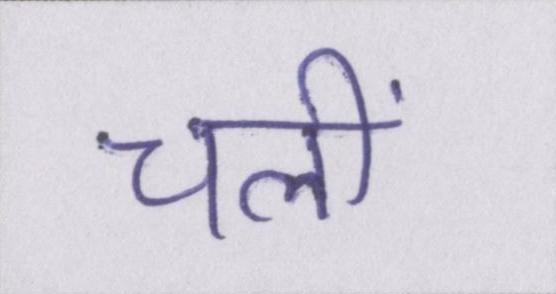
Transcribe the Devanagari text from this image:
चलीं